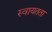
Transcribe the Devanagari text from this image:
स्‍वायतता